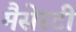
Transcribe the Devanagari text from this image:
मैसेरटी